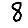
Digit: 8